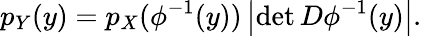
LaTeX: p_{Y}(y)=p_{X}(\phi^{-1}(y))\left|\operatorname*{det}D\phi^{-1}(y)\right|.